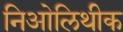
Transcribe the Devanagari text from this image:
निओलिथीक